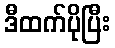
ဒီထက်ပိုပြီး